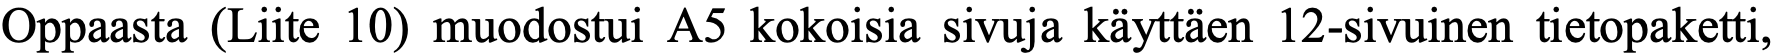
Oppaasta (Liite 10) muodostui A5 kokoisia sivuja käyttäen 12-sivuinen tietopaketti,